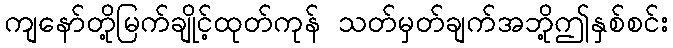
ကျနော်တို့မြက်ချိုင့်ထုတ်ကုန် သတ်မှတ်ချက်အဘို့ဤနှစ်စင်း